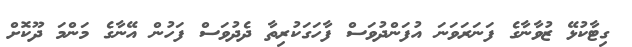
ގިޓާކުޅޭ ޒުވާނާގެ ފަނަރަވަނަ އުފަންދުވަސް ފާހަގަކުރިތާ ދެދުވަސް ފަހުން އޭނާގެ މަންމަ ދޫކޮށް